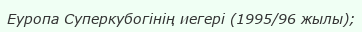
Еуропа Суперкубогінің иегері (1995/96 жылы);